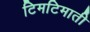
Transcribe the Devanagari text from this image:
टिमटिमाती